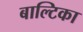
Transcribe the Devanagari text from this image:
बाल्टिका